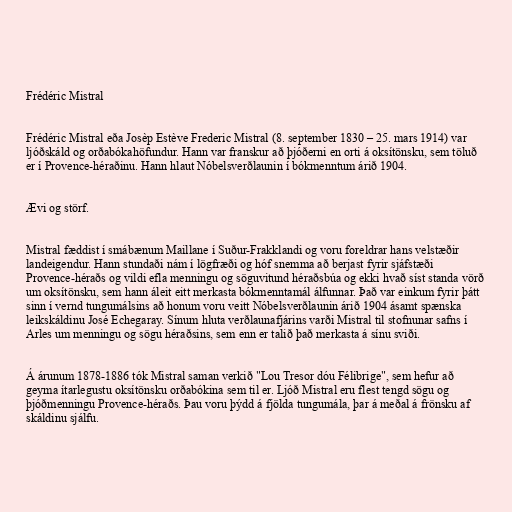
Frédéric Mistral

Frédéric Mistral eða Josèp Estève Frederic Mistral (8. september 1830 – 25. mars 1914) var
ljóðskáld og orðabókahöfundur. Hann var franskur að þjóðerni en orti á oksítönsku, sem töluð
er í Provence-héraðinu. Hann hlaut Nóbelsverðlaunin í bókmenntum árið 1904.

Ævi og störf.

Mistral fæddist í smábænum Maillane í Suður-Frakklandi og voru foreldrar hans velstæðir
landeigendur. Hann stundaði nám í lögfræði og hóf snemma að berjast fyrir sjáfstæði
Provence-héraðs og vildi efla menningu og söguvitund héraðsbúa og ekki hvað síst standa vörð
um oksítönsku, sem hann áleit eitt merkasta bókmenntamál álfunnar. Það var einkum fyrir þátt
sinn í vernd tungumálsins að honum voru veitt Nóbelsverðlaunin árið 1904 ásamt spænska
leikskáldinu José Echegaray. Sínum hluta verðlaunafjárins varði Mistral til stofnunar safns í
Arles um menningu og sögu héraðsins, sem enn er talið það merkasta á sínu sviði.

Á árunum 1878-1886 tók Mistral saman verkið "Lou Tresor dóu Félibrige", sem hefur að
geyma ítarlegustu oksítönsku orðabókina sem til er. Ljóð Mistral eru flest tengd sögu og
þjóðmenningu Provence-héraðs. Þau voru þýdd á fjölda tungumála, þar á meðal á frönsku af
skáldinu sjálfu.